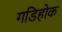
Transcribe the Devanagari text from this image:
गडिहोक